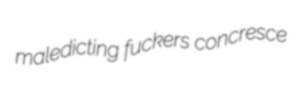
maledicting fuckers concresce